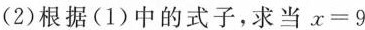
(2)根据(1)中的式子，求当。x=9